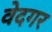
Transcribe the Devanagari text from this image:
वेदगर